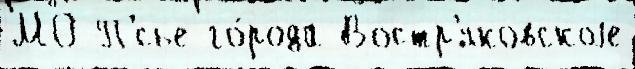
МО П'́сье го́рода Востр'яковскоjе